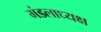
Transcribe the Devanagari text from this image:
मंडलाध्यक्ष